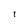
Character: l